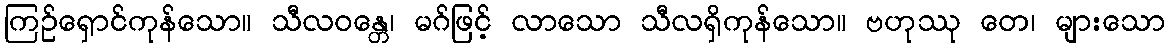
ကြဉ်ရှောင်ကုန်သော။ သီလဝန္တေ၊ မဂ်ဖြင့် လာသော သီလရှိကုန်သော။ ဗဟုဿု တေ၊ များသော